Report of an investigation in regard to the prevalence of stegomyia and other mosquitoes in Karachi, and the measures necessary for their control
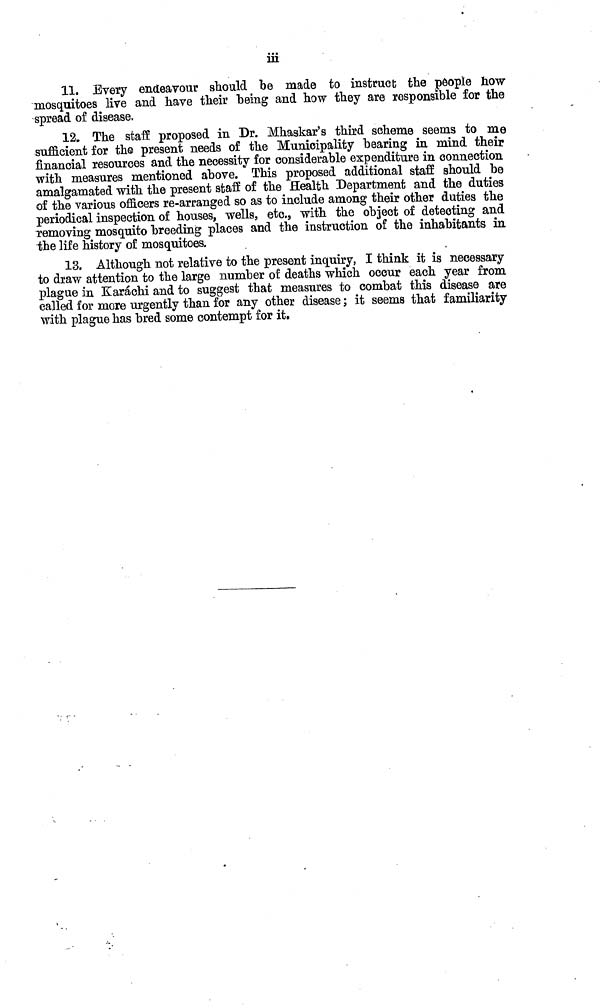
iii
11. Every endeavour should be made to instruct the people how
mosquitoes live and have their being and how they are responsible for the
spread of disease.
12. The staff proposed in Dr. Mhaskar's third scheme seems to me
sufficient for the present needs of the Municipality bearing in mind their
financial resources and the necessity for considerable expenditure in connection
with measures mentioned above. This proposed additional staff should be
amalgamated with the present staff of the Health Department and the duties
of the various officers re-arranged so as to include among their other duties the
periodical inspection of houses, wells, etc., with the object of detecting and
removing mosquito breeding places and the instruction of the inhabitants in
the life history of mosquitoes.
13. Although not relative to the present inquiry, I think it is necessary
to draw attention to the large number of deaths which occur each year from
plague in Karachi and to suggest that measures to combat this disease are
called for more urgently than for any other disease; it seems that familiarity
with plague has bred some contempt for it.